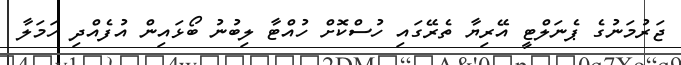
ޖަރުމަނުގެ ޕެނަލްޓީ އޭރިޔާ ތެރޭގައި ހުސްކޮށް ހުއްޓާ ލިބުނު ބޯޅައިން އުފެއްދި ހަމަލާ